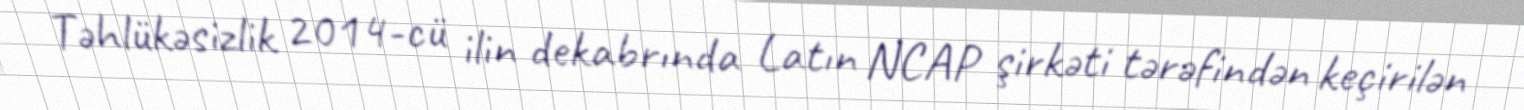
Təhlükəsizlik 2014-cü ilin dekabrında Latın NCAP şirkəti tərəfindən keçirilən